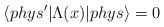
LaTeX: \begin{align*}\langle phys' | \Lambda(x) |phys \rangle = 0 \end{align*}